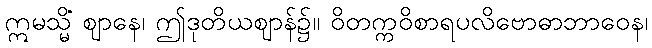
ဣမသ္မိံ ဈာနေ၊ ဤဒုတိယဈာန်၌။ ဝိတက္ကဝိစာရပလိဗောဓာဘာဝေန၊